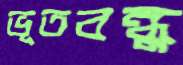
ভূতবন্ধু